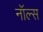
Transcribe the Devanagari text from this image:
नॉल्स